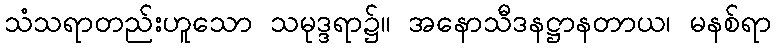
သံသရာတည်းဟူသော သမုဒ္ဒရာ၌။ အနောသီဒနဋ္ဌာနတာယ၊ မနစ်ရာ